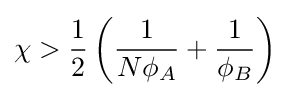
\chi >{\frac {1}{2}}\left({\frac {1}{N\phi _{A}}}+{\frac {1}{\phi _{B}}}\right)